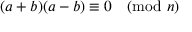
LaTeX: ( a + b ) ( a - b ) \equiv 0 { \pmod { n } }